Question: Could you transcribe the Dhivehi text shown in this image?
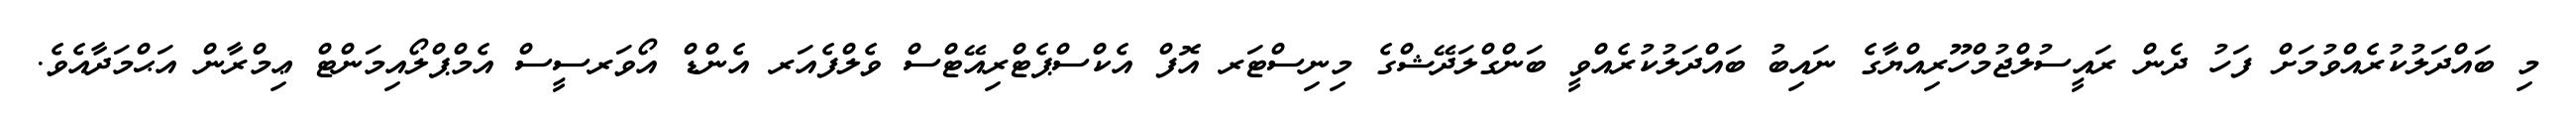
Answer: މި ބައްދަލުކުރެއްވުމަށް ފަހު ދެން ރައީސުލްޖުމްހޫރިއްޔާގެ ނައިބު ބައްދަލުކުރެއްވީ ބަންގްލަދޭޝްގެ މިނިސްޓަރ އޮފް އެކްސްޕެޓްރިއޭޓްސް ވެލްފެއަރ އެންޑް އޯވަރސީސް އެމްޕްލޯއިމަންޓް ޢިމްރާން އަޙްމަދާއެވެ.